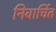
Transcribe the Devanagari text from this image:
निवार्चित